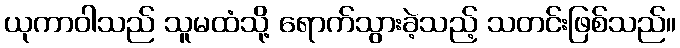
ယုကာဝါသည် သူမထံသို့ ရောက်သွားခဲ့သည့် သတင်းဖြစ်သည်။